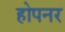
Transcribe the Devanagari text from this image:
होपनर